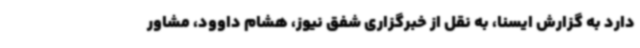
دارد به گزارش ایسنا، به نقل از خبرگزاری شفق نیوز، هشام داوود، مشاور